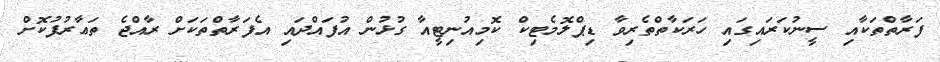
ފަރާތްތަކާއި ސީނުކަރައިގައި ހަރަކާތްތެރިވާ ޑިޕްލޮމެޓިކް ކޮމިއުނިޓީއާ ގުޅުން އުފައްދައި އެފަރާތްތަކަށް ރާއްޖެ ތަޢާރުފުކޮށް